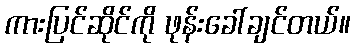
ကားပြင်ဆိုင်ကို ဖုန်းခေါ်ချင်တယ်။